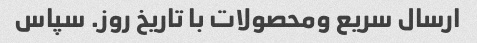
ارسال سریع ومحصولات با تاریخ روز. سپاس